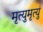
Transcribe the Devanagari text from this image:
मृत्युमृत्युं